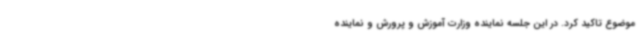
موضوع تاکید کرد. در این جلسه نماینده وزارت آموزش و پرورش و نماینده